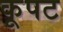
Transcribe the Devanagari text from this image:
कूपट